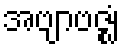
အဗျာဗဇ္ဈံ